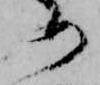
め